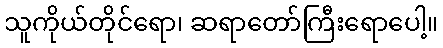
သူကိုယ်တိုင်ရော၊ ဆရာတော်ကြီးရောပေါ့။